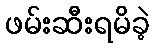
ဖမ်းဆီးရမိခဲ့